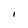
Character: I